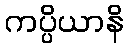
ကပ္ပိယာနိ